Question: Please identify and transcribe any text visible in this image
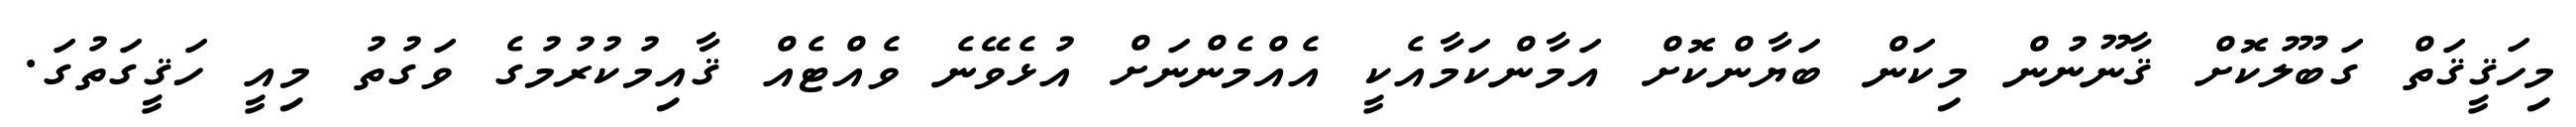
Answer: މިހަޤީޤަތް ގަބޫލުކޮށް ޤާނޫނުން މިކަން ބަޔާންކޮށް އަމާންކަމާއެކީ އެއްމެންނަށް އުޅެވޭނެ ވެއްޓެއް ޤާއިމުކުރުމުގެ ވަގުތު މިއީ ހަޤީގަތުގަ.